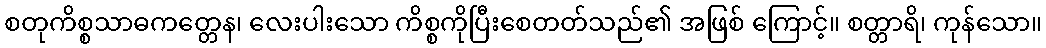
စတုကိစ္စသာဓကတ္တေန၊ လေးပါးသော ကိစ္စကိုပြီးစေတတ်သည်၏ အဖြစ် ကြောင့်။ စတ္တာရိ၊ ကုန်သော။